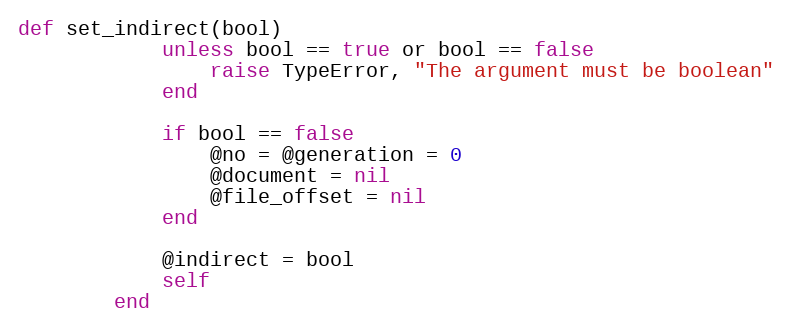
Language: Ruby
def set_indirect(bool)
            unless bool == true or bool == false
                raise TypeError, "The argument must be boolean"
            end

            if bool == false
                @no = @generation = 0
                @document = nil
                @file_offset = nil
            end

            @indirect = bool
            self
        end